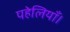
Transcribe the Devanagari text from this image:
पहेलियाँ।